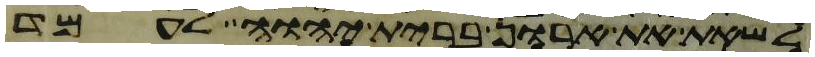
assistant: לשאת את ארון ברית יהוה לעמד